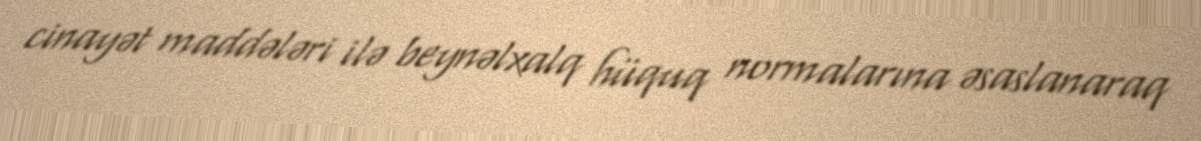
cinayət maddələri ilə beynəlxalq hüquq normalarına əsaslanaraq